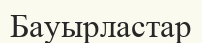
Бауырластар